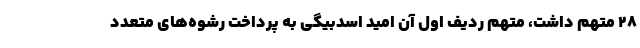
۲۸ متهم داشت، متهم ردیف اول آن امید اسدبیگی به پرداخت رشوه‌های متعدد